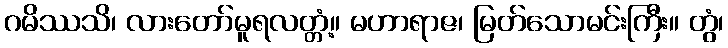
ဂမိဿသိ၊ လားတော်မူရလတ္တံ့။ မဟာရာဇ၊ မြတ်သောမင်းကြီး။ တွံ၊